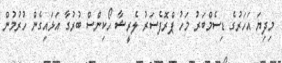
މިދިޔަ އަހަރުގެ ޑިސެމްބަރު މަހު ޕްރޮފެސަރު ލެރީޝާ ހޯކިންސް ބުރުގާ އަޅައިގެން ހުރުމުން